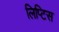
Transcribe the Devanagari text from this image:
लिप्टिस